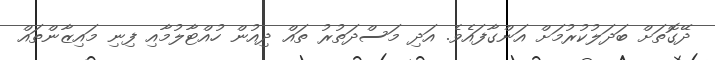
ދޭގޮތަށް ބަދަލުކުރުމަށް އަންގާފައެވެ. އަދި މަސްދަތުރު ތައް ދިއުން ހުއްޓާލުމާއި ފިނި މައިޒާންތައް